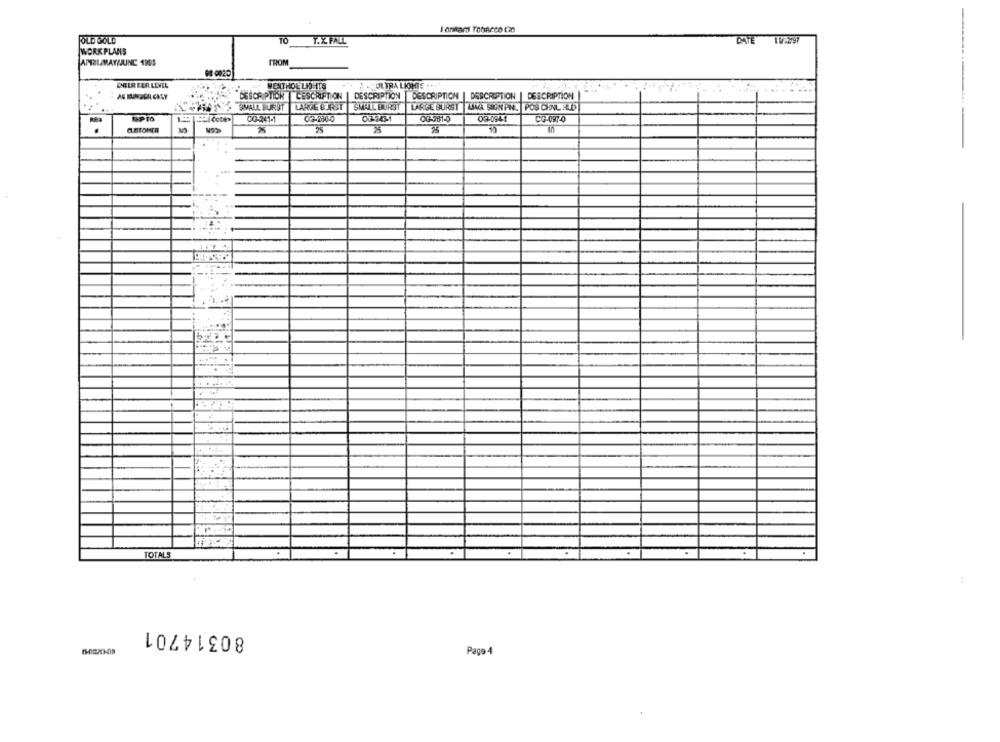
I annars Tobacco ca
OLD GOLD
TO
T.X. FALL
DATE 1W12997
WORK PLANS
APRILMAY/JUNE 1101
FROM
68-0020
ENELR FAR LEVEL
MENTHOL UNDHITS
ASULTRA LIGHTE ....
AG KUNDER CALY
DESCRIPTION CESCRIPTION
DESCRIPTION | DESCRIPTION | DESCRIPTION | DESCRIPTION
SMALL BURST LARGE BURST
SMALL BURST LARGE BURST LING SIGN ANL POS CHNL ALD
OG-241-1
037431
OG-581-0
02-0941
CO-097-0
CUSTOMER
25
25
10
IS
TOTALS
:
80314701
Page 4